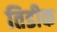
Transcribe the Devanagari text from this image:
तिडीक